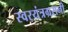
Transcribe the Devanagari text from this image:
स्वरयंत्रग्रसनी